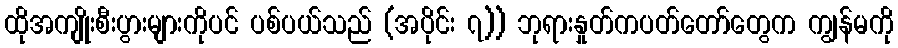
ထိုအကျိုးစီးပွားများကိုပင် ပစ်ပယ်သည် (အပိုင်း ၇)) ဘုရားနှုတ်ကပတ်တော်တွေက ကျွန်မကို